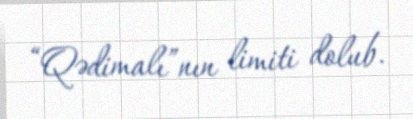
“Qədimalı”nın limiti dolub.